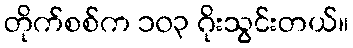
တိုက်စစ်က ၁၀၃ ဂိုးသွင်းတယ်။